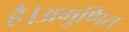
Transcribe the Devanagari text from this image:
है।अगुणित